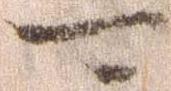
可